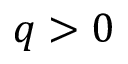
q > 0